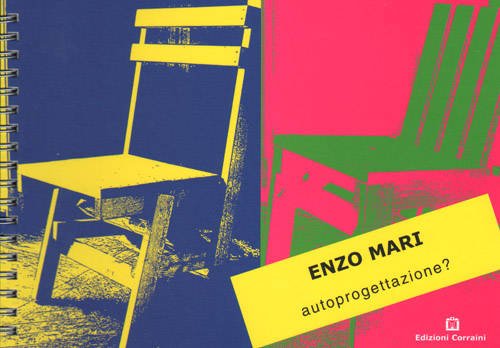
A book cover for Autoprogettazione; Enzo Mari; Arts & Photography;